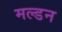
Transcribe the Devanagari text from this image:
मल्‍डन